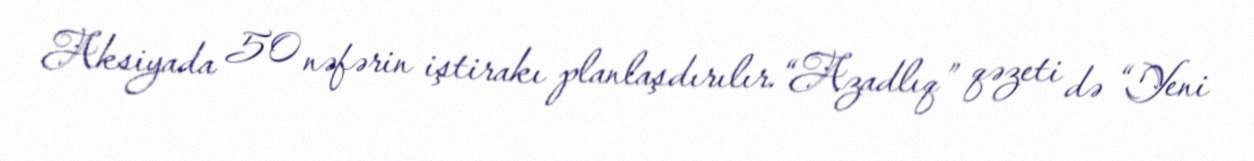
Aksiyada 50 nəfərin iştirakı planlaşdırılır.“Azadlıq” qəzeti də “Yeni